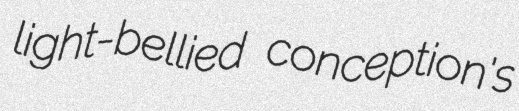
light-bellied conception's